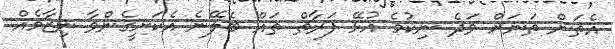
އެތަން ތަނަށް ވަދެ ނިކުމެ އުޅޭ ފަރާތް ތައް ބެލޭނެ އެކަށީގެންވާ ނިޒާމެއް